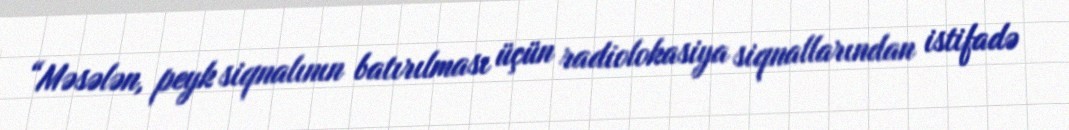
“Məsələn, peyk siqnalının batırılması üçün radiolokasiya siqnallarından istifadə